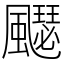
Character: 飋